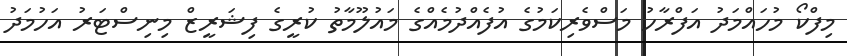
މިފްކޯ މުހައްމަދު އަފްރާހު މަސްވެރިކަމުގެ އުފެއްދުމެއްގެ މައުލޫމާތު ކުރީގެ ފިޝަރީޒް މިނިސްޓަރު އަހުމަދު